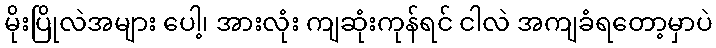
မိုးပြိုလဲအများ ပေါ့၊ အားလုံး ကျဆုံးကုန်ရင် ငါလဲ အကျခံရတော့မှာပဲ